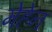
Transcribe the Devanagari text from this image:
मेहेन